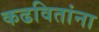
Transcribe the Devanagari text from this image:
कढवितांना